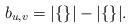
LaTeX: \begin{align*} b_{u,v} = |\{\}| - |\{\}|.\end{align*}